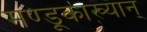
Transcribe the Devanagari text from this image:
मण्डूकाख्यान्